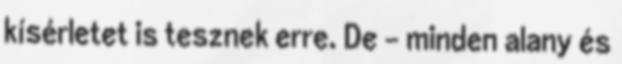
kísérletet is tesznek erre. De - minden alany és